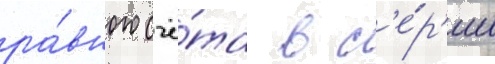
ра́вного счё́та в с'е́р'ии